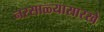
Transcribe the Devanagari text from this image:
नरसाळ्यासारखे